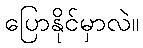
ပြောနိုင်မှာလဲ။